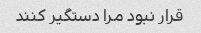
قرار نبود مرا دستگیر کنند